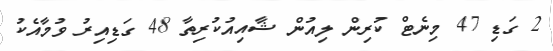
2 ގަޑި 47 މިނެޓް ކުރިން ލިއުން ޝާއިއުކުރިތާ 48 ގަޑިއިރު ވުމާއެކު